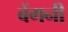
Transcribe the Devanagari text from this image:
बेंगनी